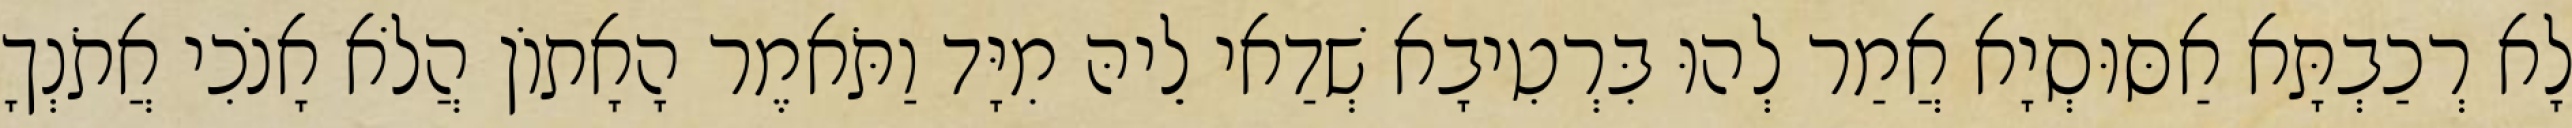
לָא רְכַבְתָּא אַסּוּסְיָא אֲמַר לְהוּ בִּרְטִיבָא שְׁדַאי לֵיהּ מִיָּד וַתֹּאמֶר הָאָתוֹן הֲלֹא אָנֹכִי אֲתֹנְךָ